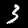
Label: 3